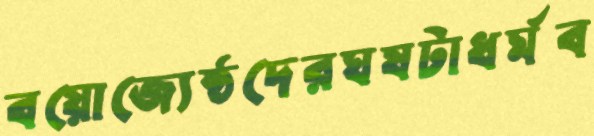
বয়োজ্যেষ্ঠদেরঘষটাধর্মব